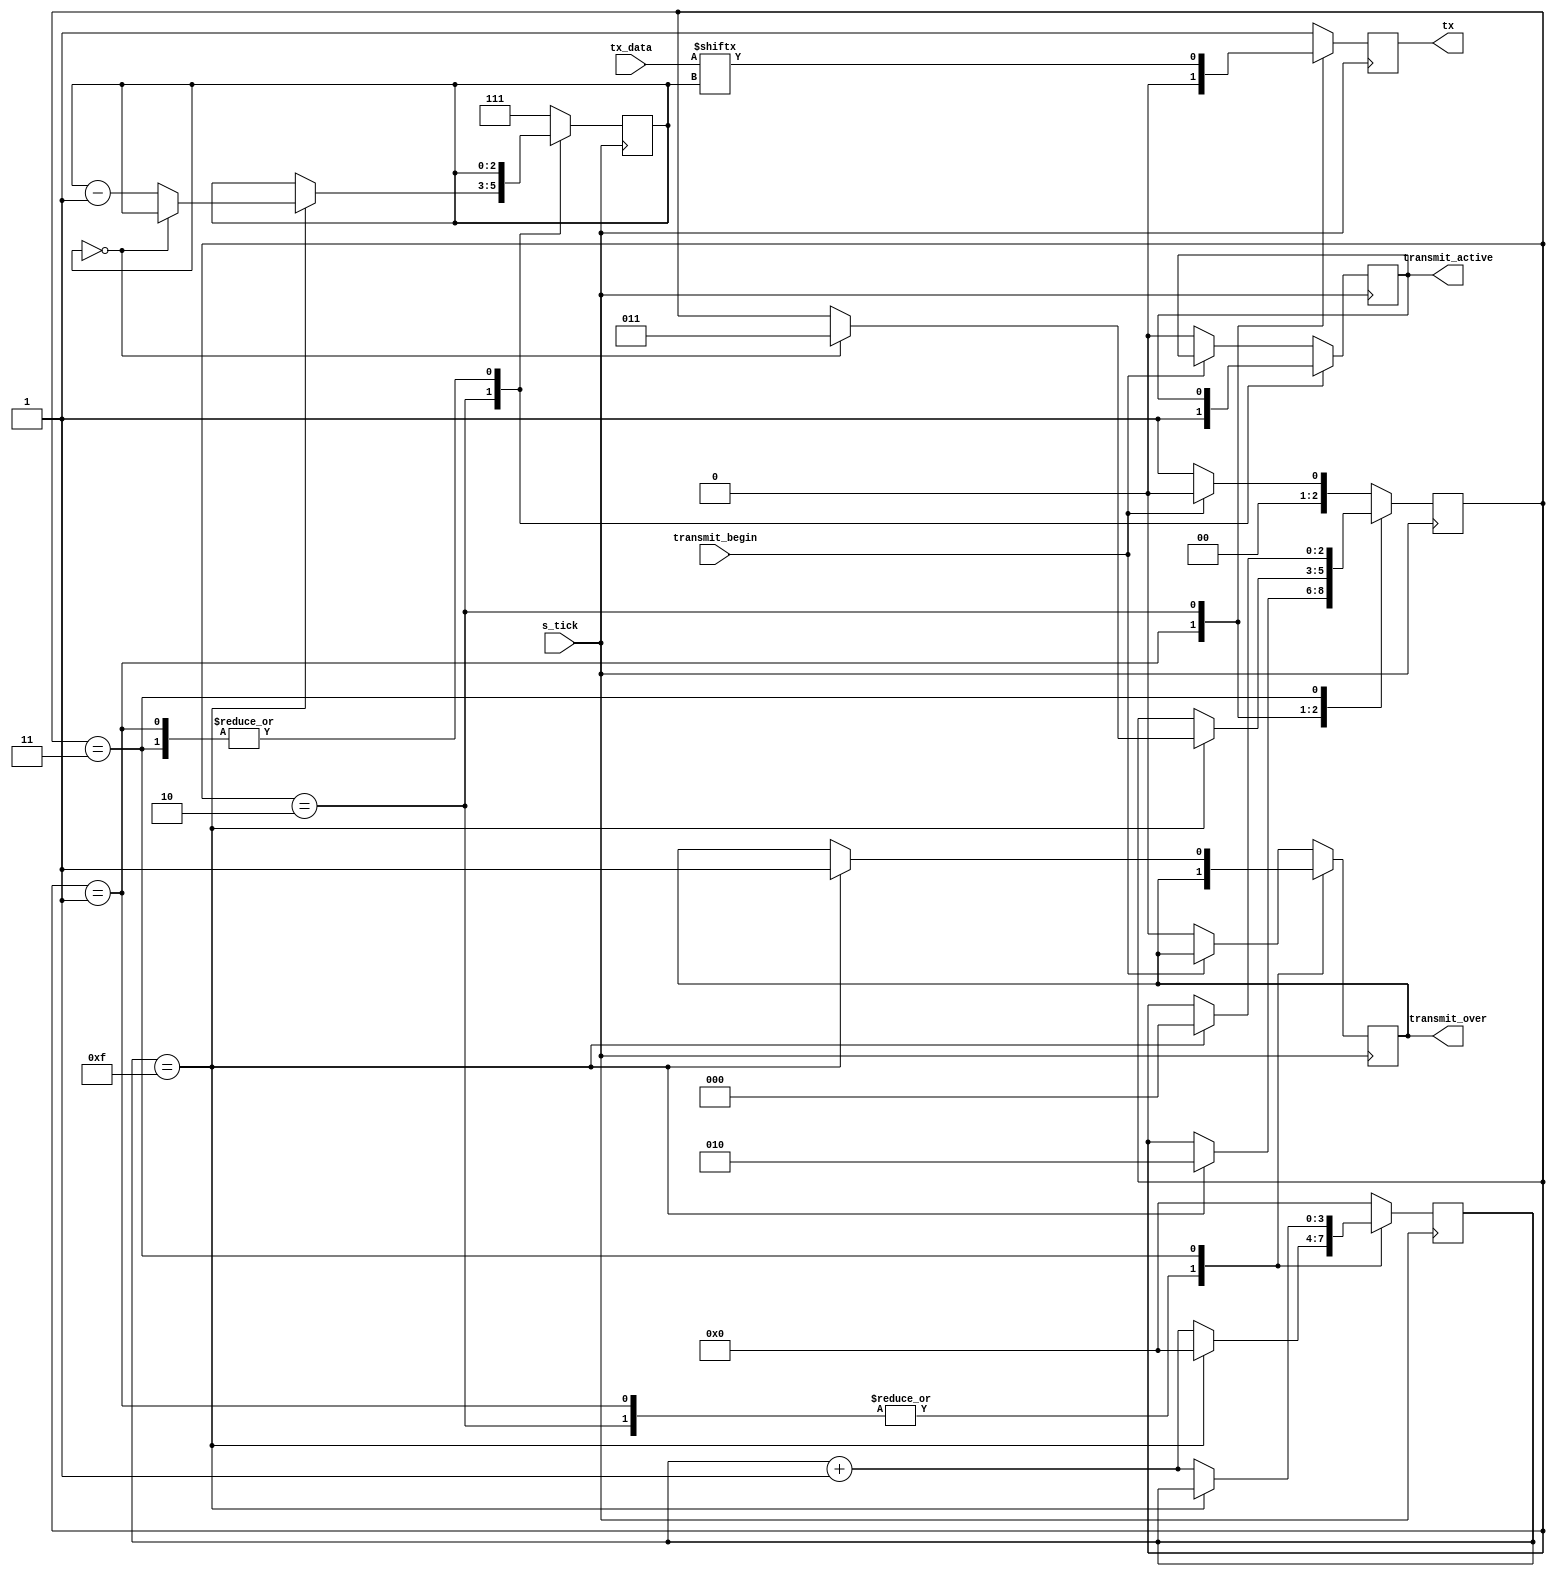
module tx(tx_data,s_tick,transmit_over,tx,transmit_begin,transmit_active);
    input s_tick;
	 input transmit_begin;
    input [7:0]tx_data;
    output reg transmit_over=1'b1;
    parameter IDLE = 2'b00, start_bit=2'b01, data_bits=2'b10,end_bit=2'b11;
    reg [2:0] state1 ;
    reg [2:0]data_index=3'b111;
    reg [3:0] counter_tick;
	 output reg tx;
	 output reg transmit_active=1'b0;

    always@(posedge s_tick)
        begin
            case (state1)
                start_bit:
                    begin
                        tx=1'b0;
                        if (counter_tick==4'b1111)
                            begin
                                state1= data_bits;
                                counter_tick= 4'b0000;
                            end
                        else counter_tick=counter_tick+1;
                    end
                data_bits:
                    begin
								transmit_active=1'b1;
                        tx= tx_data[data_index];
                        if (counter_tick==4'b1111)
                            begin
                                counter_tick=  4'b0000;
                                if(data_index==3'b000) state1=end_bit;
                                else data_index=data_index-1;
                            end
                        else counter_tick=counter_tick+1; 
                    end
                end_bit:
                    begin
                        tx=1'b1;
                        if (counter_tick==4'b1111) 
								begin
									state1=IDLE;
									transmit_over=1'b1;
								end
                        else counter_tick=counter_tick+1; 
                    end 
                default:
                    begin
                        state1=IDLE;
                        tx=1'b1;
                        counter_tick=3'b000;
                        data_index=3'b111;
                        if(transmit_begin==1'b0) // here We used a key has a input therefore change wheen you use in the processor design
                            begin 
                                state1=start_bit;
										  transmit_over=1'b0;
										  transmit_active=1'b0;
                        end
                end
            endcase
        end
endmodule